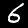
Digit: 6